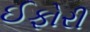
ઈફોરી